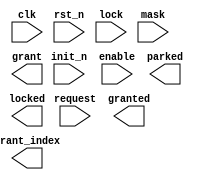
////////////////////////////////////////////////////////////////////////////////
//
//       This confidential and proprietary software may be used only
//     as authorized by a licensing agreement from Synopsys Inc.
//     In the event of publication, the following notice is applicable:
//
//                    (C) COPYRIGHT 2000 - 2016 SYNOPSYS INC.
//                           ALL RIGHTS RESERVED
//
//       The entire notice above must be reproduced on all authorized
//     copies.
//
//
// VERSION:   Verilog Simulation Architecture
//
// DesignWare_version: 4e3f5a87
// DesignWare_release: K-2015.06-DWBB_201506.5.2
//
////////////////////////////////////////////////////////////////////////////////
//
// ABSTRACT:  Arbiter with First-Come-First-Served priority scheme
//   
// MODIFIED:
//         01/02/02  RPH      Fixed the X-processing
//
//         03/25/03  RJK      Fixed problem with sharing channel with
//                            other requesters (STAR 160408)
//
//         10/13/10  RJK      Corrected "lock while in park state" issue
//
//-----------------------------------------------------------------------------

module DW_arb_fcfs (clk, rst_n, init_n, enable, request, lock, mask,
                        parked, granted, locked, grant, grant_index);

  parameter n          = 4;
  parameter park_mode  = 1;
  parameter park_index = 0;
  parameter output_mode = 1;

  `define DW_index_width ((n >16)?((n >64)?((n >128)?8:7):((n >32)?6:5)):((n >4)?((n >8)?4:3):((n >2)?2:1)))

  `define DW_max_priority ((1 << `DW_index_width) == n) ? (1 << `DW_index_width)-1 : (1 << `DW_index_width) -2
  input  clk, rst_n, init_n, enable;
  input  [n-1 : 0] request, lock, mask;
  output parked, granted, locked;
  output [n-1 : 0] grant;
  output [`DW_index_width-1 : 0] grant_index;

  wire clk, rst_n;
  wire [n-1 : 0] request, lock, mask;
  wire  parked, locked;
  wire granted;
  wire [n-1 : 0] grant;
  wire [`DW_index_width-1 : 0] grant_index;

  // synopsys translate_off

  integer priority_int[n-1 : 0], priority_next[n-1 : 0];
  integer grant_index_int, grant_index_next;
  reg     parked_next, granted_int, granted_next, locked_next;  
  reg 	  parked_int, locked_int; 

  reg [n-1 : 0] request_masked_v;
  reg parked_v, granted_v, locked_v;
  reg request_x, lock_x, mask_x;
  integer grant_index_v, priority_v[n-1 : 0];
  integer update_priorities_v, i;
  event priority_changed, update_arbitration;



  //---------------------------------------------------------------------------
  // Behavioral model
  //---------------------------------------------------------------------------

  always @(grant_index_int or granted_int or lock or mask or
	    update_arbitration or request) begin : PROC_arbitrate
    request_x  = ^request;
    lock_x     = ^lock;
    mask_x     = ^mask;

      grant_index_v = -1;
      parked_v      = 1'b0;
      granted_v     = 1'b0;
      locked_v      = 1'b0;
      for (i = 0; i < n; i = i+1) priority_v[i] = priority_int[i];
      update_priorities_v = 0;
	 
      request_masked_v = request & ~mask;
     if ((grant_index_int < -1) && (lock !== {n{1'b0}})) begin
		grant_index_v = -2;
		locked_v      = 1'bx;
		granted_v     = 1'bx;
	 end
	 if ((grant_index_int >= 0) && ((granted_int & lock[grant_index_int]) !== 1'b0)) begin
		   if ((granted_int & lock[grant_index_int]) === 1'b1) begin
			  grant_index_v = grant_index_int;
			  locked_v      = 1'b1;
			  granted_v     = 1'b1;
			  if (granted_int === 1'b0) update_priorities_v = 1;
		   end
		   else begin
			  grant_index_v = -2;
			  locked_v      = 1'bx;
			  granted_v     = 1'bx;
			  parked_v      = 1'b0;
		   end 
		end 
     else if (request_masked_v !== {n{1'b0}}) begin
		   if (request_x === 1'bx ) begin
			  grant_index_v = -2;
			  granted_v = 1'bx;
			  parked_v      = 1'bx;
		   end 
		   else begin		
			  for (i = 0; i < n; i = i+1) begin
				 if (request_masked_v[i] === 1'b1) begin
					if ((grant_index_v < 0) || (priority_int[i] < priority_int[grant_index_v])) begin
					   grant_index_v = i;
					end
				 end
			  end
			  granted_v = 1'b1;
			  update_priorities_v = 1;
		   end // else: !if(request_x === 1'bx  )
	 end // if (request_masked_v !== {n{1'b0}})
     else if (park_mode == 1) begin
        grant_index_v = park_index;
        parked_v      = 1'b1;
     end
     else begin
        grant_index_v = -1;
     end
     for (i = 0; i < n; i = i+1) begin
        if (i == grant_index_v) begin
           priority_v[i] = `DW_max_priority;
		end
        else if (request_masked_v[i] == 1'b1) begin
		   if (update_priorities_v == 1)
            priority_v[i] = priority_int[i] - 1;
        end
        else begin
          priority_v[i] = `DW_max_priority;
        end
     end
    grant_index_next = grant_index_v;
    parked_next      = parked_v;
    granted_next     = granted_v;
    locked_next      = locked_v;
     for (i = 0; i < n; i = i+1) priority_next[i] = priority_v[i];
  end // arbitrate

  always @(posedge clk or negedge rst_n) begin : register_PROC
    if (rst_n === 1'b0) begin
      grant_index_int   <= -1;
      parked_int        <= 1'b0;
      granted_int       <= 1'b0;
      locked_int        <= 1'b0;
      for (i = 0; i < n; i = i+1) priority_int[i] <= `DW_max_priority;
      -> priority_changed;
    end else if (init_n === 1'b0) begin
      grant_index_int   <= -1;
      parked_int        <= 1'b0;
      granted_int       <= 1'b0;
      locked_int        <= 1'b0;
      for (i = 0; i < n; i = i+1) priority_int[i] <= `DW_max_priority;
      -> priority_changed;
    end else if (rst_n === 1'b1) begin
      if (init_n === 1'b0) begin
        grant_index_int   <= -1;
        parked_int        <= 1'b0;
        granted_int       <= 1'b0;
        locked_int        <= 1'b0;
        for (i = 0; i < n; i = i+1) priority_int[i] <= `DW_max_priority;
          -> priority_changed;
      end else if (init_n === 1'b1) begin
        if(enable === 1'b1) begin
          grant_index_int <= grant_index_next;
          parked_int      <= parked_next;
          granted_int     <= granted_next;
          locked_int      <= locked_next;
          for (i = 0; i < n; i = i+1) begin
	    if (priority_int[i] !== priority_next[i]) begin
	      priority_int[i] <= priority_next[i];
                -> priority_changed;
	    end
          end // for
        end // if enable
      end else begin
        grant_index_int <= -2;
        parked_int      <= 1'bx;
        granted_int     <= 1'bx;
        locked_int      <= 1'bx;
        for (i = 0; i < n; i = i+1) begin
	  if (priority_int[i] !== -1) begin
	    priority_int[i] <= -1;
            -> priority_changed;
	  end
        end // for
      end
    end else begin
      grant_index_int <= -2;
      parked_int      <= 1'bx;
      granted_int     <= 1'bx;
      locked_int      <= 1'bx;
      for (i = 0; i < n; i = i+1) begin
	if (priority_int[i] !== -1) begin
	  priority_int[i] <= -1;
          -> priority_changed;
	end
      end // for
    end
  end // register


  always @ (priority_changed) begin : trigger_update_PROC
    #1;
    -> update_arbitration;
  end

  assign grant = (grant_index_int == -2)? {n{1'bx}} :
                 (grant_index_next == -1 && output_mode == 0) ? {n{1'b0}} :
                 (output_mode == 0 ) ? 1'b1 << grant_index_next :
                 1'b1 << grant_index_int;
  assign grant_index = (grant_index_int == -2)? {`DW_index_width{1'bx}} :
                       (grant_index_int == -1 && output_mode == 1) ? {`DW_index_width{1'b1}} :
                       (grant_index_next == -1 && output_mode == 0) ? {`DW_index_width{1'b1}} :
                       (output_mode == 0) ? grant_index_next[`DW_index_width-1:0] :
                       grant_index_int[`DW_index_width-1:0];
  assign granted = output_mode == 0 ? granted_next :
                   granted_int;
  assign parked =  output_mode == 0 ? parked_next :
                   parked_int;
  assign locked = output_mode == 0 ? locked_next :
                  locked_int;
 
 

  //---------------------------------------------------------------------------
  // Parameter legality check and initializations
  //---------------------------------------------------------------------------
  
 
  initial begin : parameter_check
    integer param_err_flg;

    param_err_flg = 0;
    
    
    if ( (n < 2) || (n > 32) ) begin
      param_err_flg = 1;
      $display(
	"ERROR: %m :\n  Invalid value (%d) for parameter n (legal range: 2 to 32)",
	n );
    end
    
    if ( (park_mode < 0) || (park_mode > 1) ) begin
      param_err_flg = 1;
      $display(
	"ERROR: %m :\n  Invalid value (%d) for parameter park_mode (legal range: 0 to 1)",
	park_mode );
    end
    
    if ( (park_index < 0) || (park_index > n-1) ) begin
      param_err_flg = 1;
      $display(
	"ERROR: %m :\n  Invalid value (%d) for parameter park_index (legal range: 0 to n-1)",
	park_index );
    end
    
    if ( (output_mode < 0) || (output_mode > 1) ) begin
      param_err_flg = 1;
      $display(
	"ERROR: %m :\n  Invalid value (%d) for parameter output_mode (legal range: 0 to 1)",
	output_mode );
    end
  
    if ( param_err_flg == 1) begin
      $display(
        "%m :\n  Simulation aborted due to invalid parameter value(s)");
      $finish;
    end

  end // parameter_check 



  //---------------------------------------------------------------------------
  // Report unknown clock inputs
  //---------------------------------------------------------------------------
  
  always @ (clk) begin : clk_monitor 
    if ( (clk !== 1'b0) && (clk !== 1'b1) && ($time > 0) )
      $display( "WARNING: %m :\n  at time = %t, detected unknown value, %b, on clk input.",
                $time, clk );
    end // clk_monitor 
    
  // synopsys translate_on
  `undef DW_max_priority 
  `undef DW_index_width 
endmodule

//-----------------------------------------------------------------------------